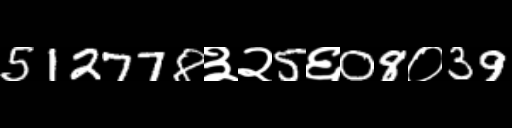
Text: 512778३२5६08०39